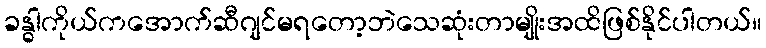
ခန္ဓါကိုယ်ကအောက်ဆီဂျင်မရတော့ဘဲသေဆုံးတာမျိုးအထိဖြစ်နိုင်ပါတယ်။